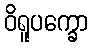
ဝိရူပက္ခော